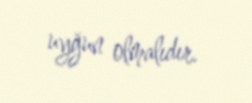
uyğun olmalıdır.